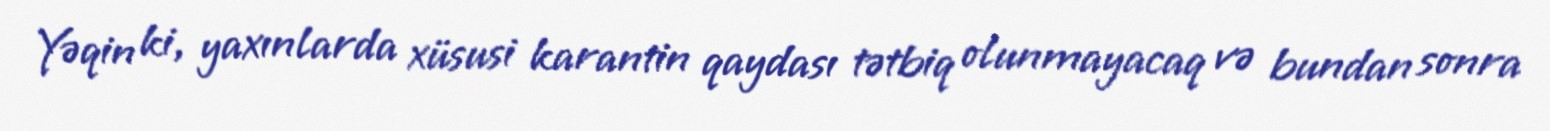
Yəqin ki, yaxınlarda xüsusi karantin qaydası tətbiq olunmayacaq və bundan sonra